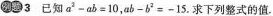
例题 3 已知$$a^{2}-ab=10$$,$$ab-b^{2} -15$$.求下列整式的值.